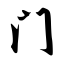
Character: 门